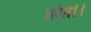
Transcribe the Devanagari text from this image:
भवेत।।